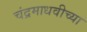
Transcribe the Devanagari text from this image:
चंद्रमाधवीच्या